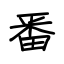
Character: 番